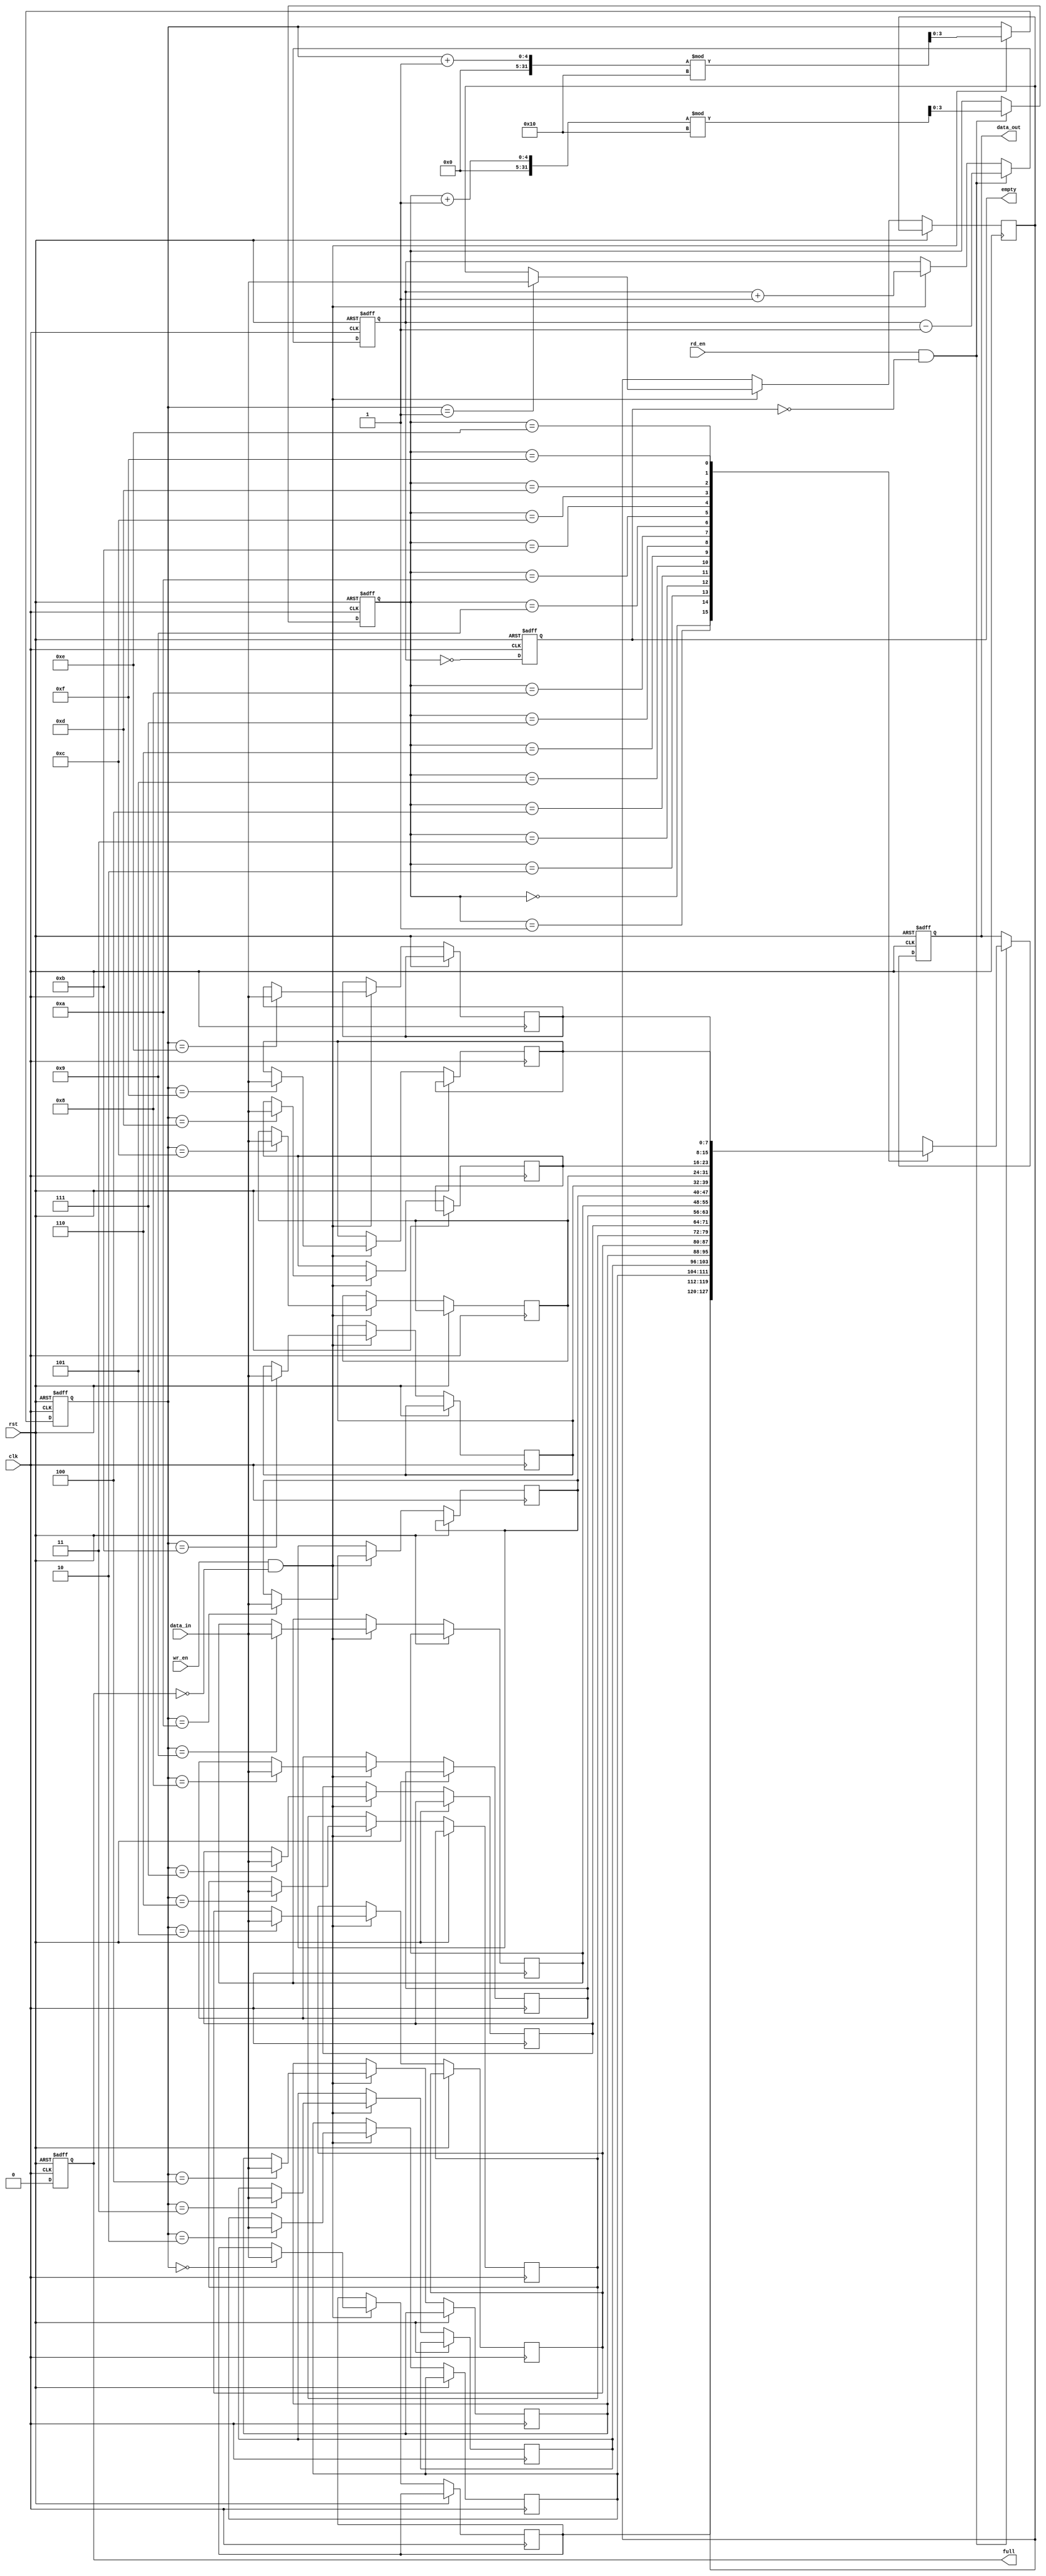
module gray_fifo (
  input clk,
  input rst,
  input wr_en,
  input rd_en,
  input [DATA_WIDTH-1:0] data_in,
  output reg [DATA_WIDTH-1:0] data_out,
  output reg empty,
  output reg full
);

parameter ADDR_WIDTH = 4;  // Number of address bits for memory
parameter DATA_WIDTH = 8;  // Width of data elements

reg [DATA_WIDTH-1:0] mem [0:15];  // Memory array to store data elements
reg [ADDR_WIDTH-1:0] wr_ptr = 0;  // Write pointer
reg [ADDR_WIDTH-1:0] rd_ptr = 0;  // Read pointer
reg count = 0;  // Count of elements in the FIFO

always @(posedge clk or posedge rst) begin
  if (rst) begin
    wr_ptr <= 0;
    rd_ptr <= 0;
    count <= 0;
    data_out <= 0;
    empty <= 1;
    full <= 0;
  end else begin
    if (wr_en && !full) begin
      mem[wr_ptr] <= data_in;
      wr_ptr <= (wr_ptr + 1) % 16;
      count <= count + 1;
    end
    if (rd_en && !empty) begin
      data_out <= mem[rd_ptr];
      rd_ptr <= (rd_ptr + 1) % 16;
      count <= count - 1;
    end
    empty <= (count == 0);
    full <= (count == 16);
  end
end

endmodule